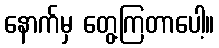
နောက်မှ တွေ့ကြတာပေါ့။